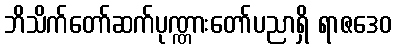
ဘိသိက်တော်ဆက်ပုဏ္ဏားတော်ပညာရှိ ရာဇဒေဝ